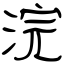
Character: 浣